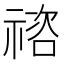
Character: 𥚭